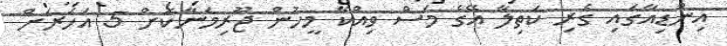
އިންޑިއާގައި ގެރި ކަތިލާ އޭގެ މަސް ވިއްކާ މީހުން ޖޫރިމަނާކޮށް 5 އަހަރަށް